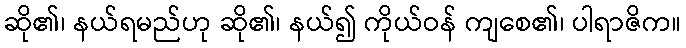
ဆို၏၊ နယ်ရမည်ဟု ဆို၏၊ နယ်၍ ကိုယ်ဝန် ကျစေ၏၊ ပါရာဇိက။